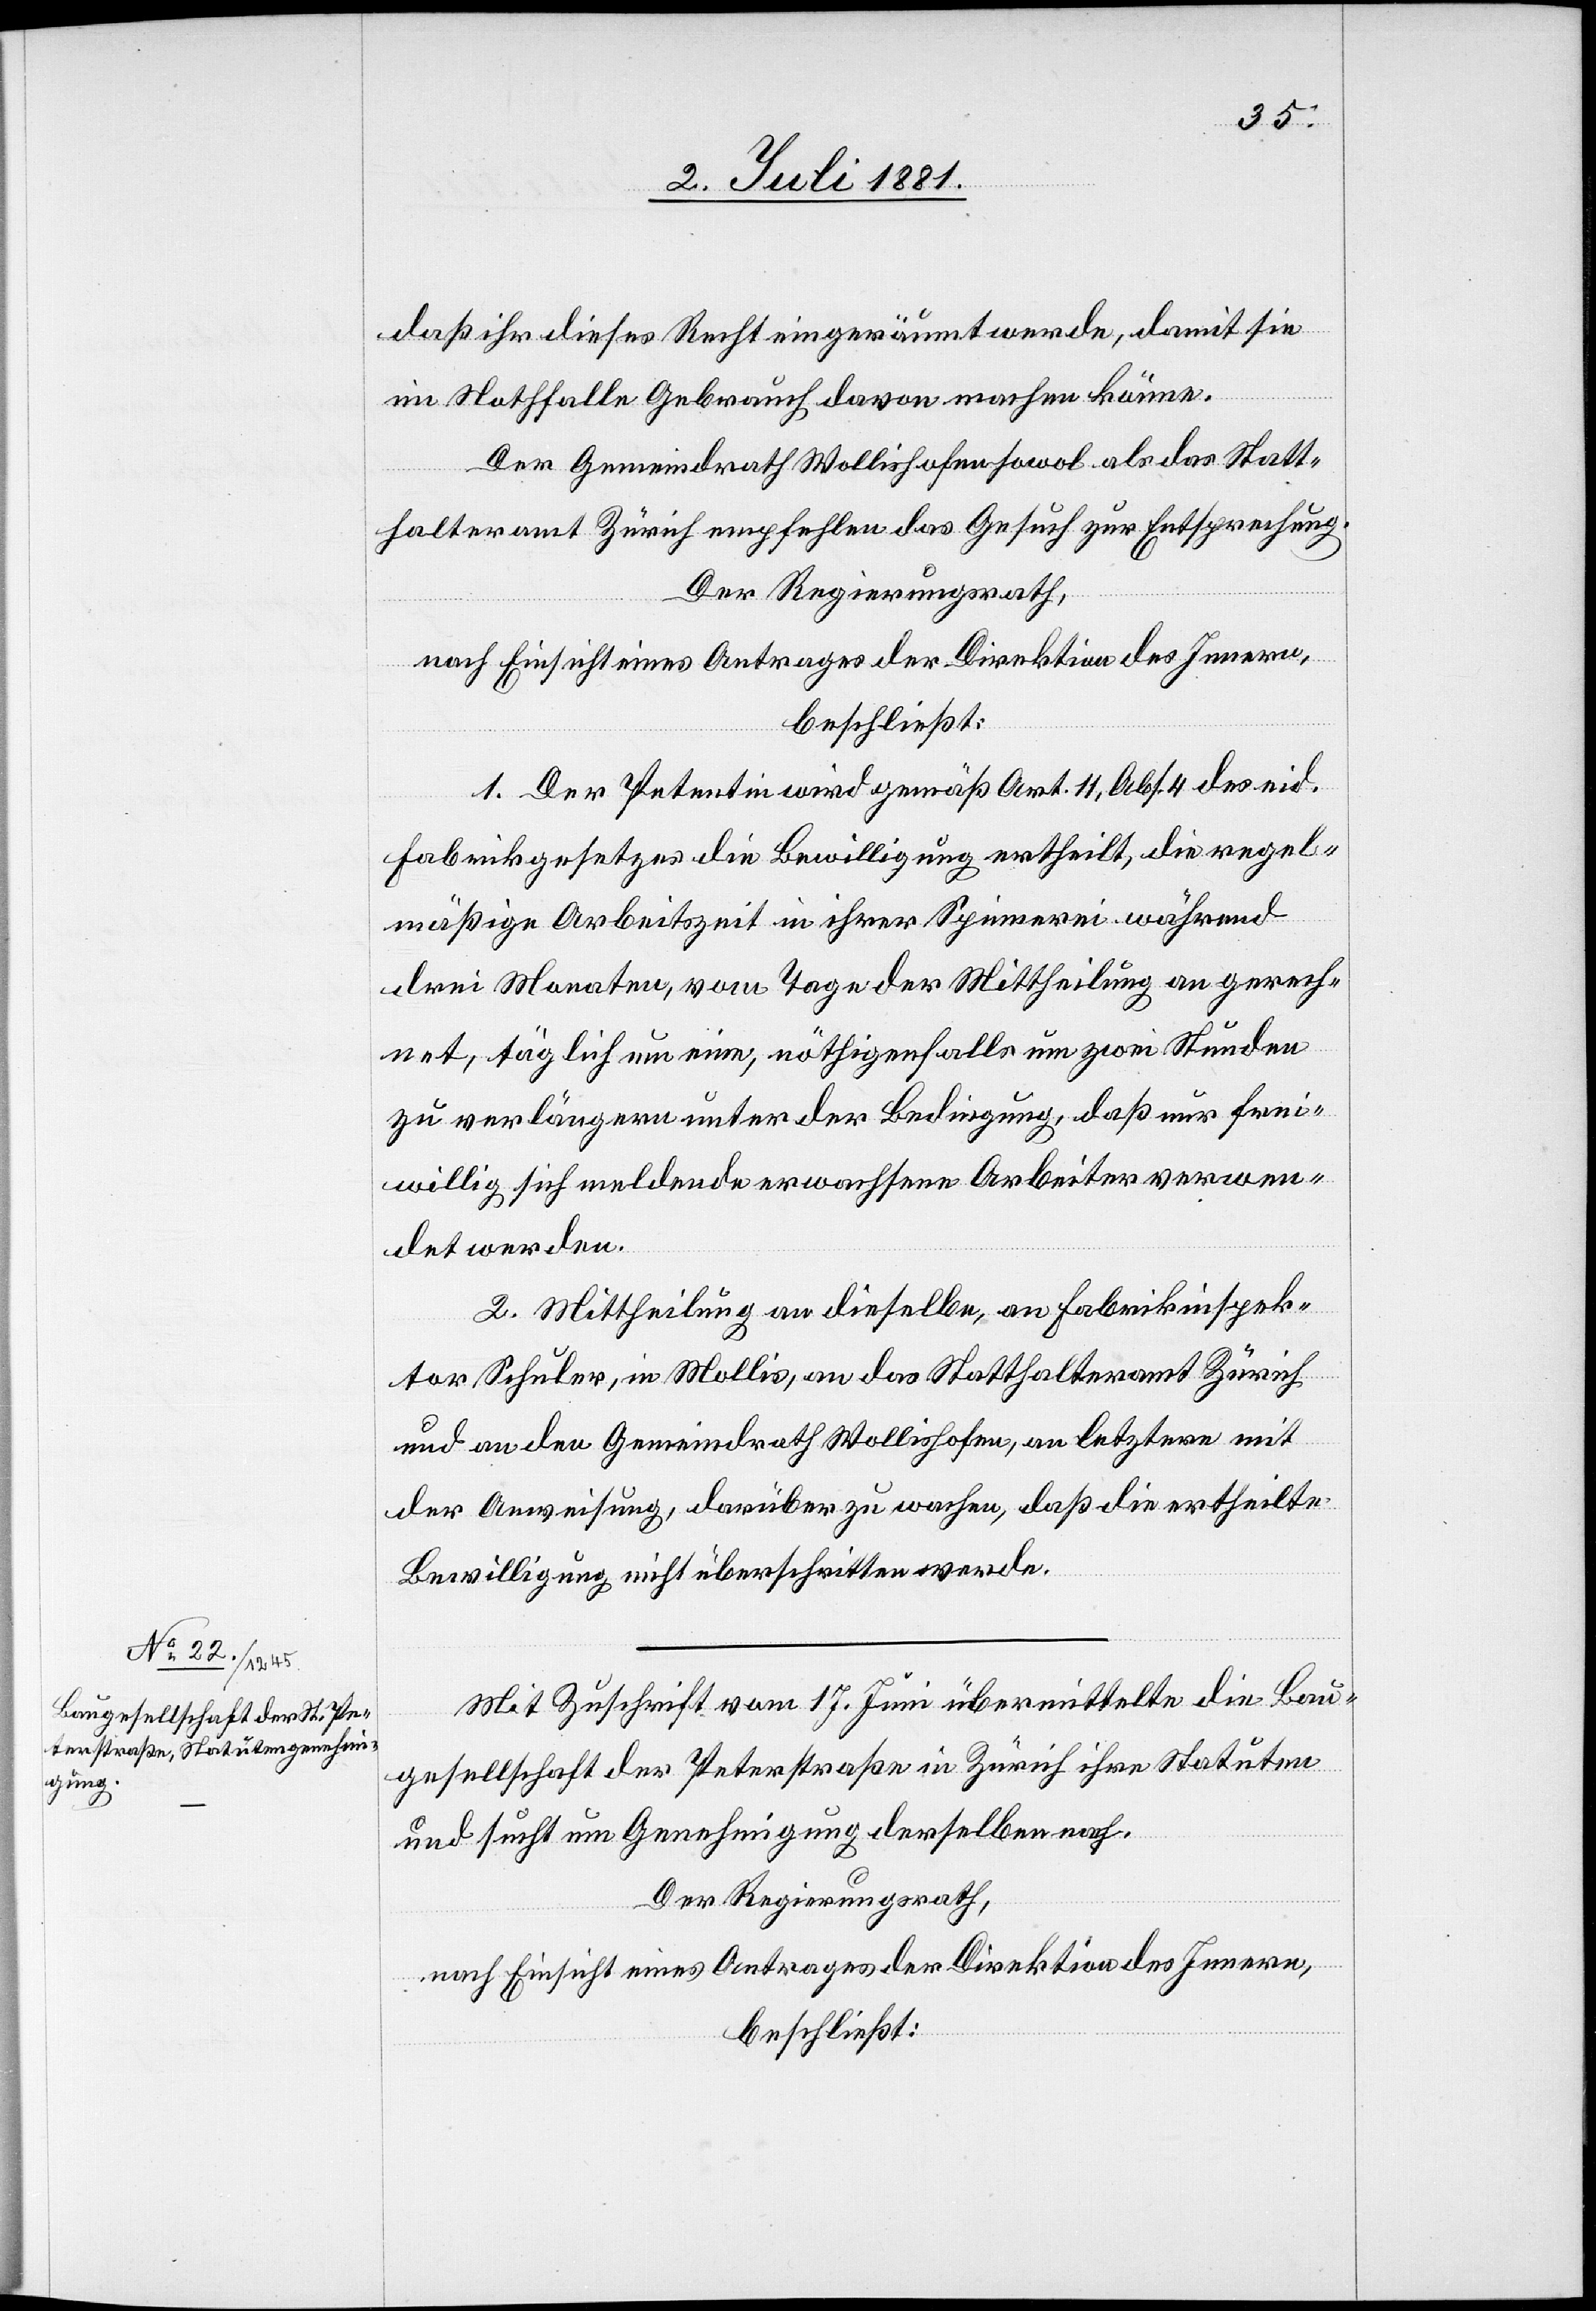
daß ihr dieses Recht eingeräumt werde, damit sie
im Nothfalle Gebrauch davon machen könne.
Der Gemeindrath Wollishofen sowol als das Statt¬
halteramt Zürich empfehlen das Gesuch zur Entsprechung.
Der Regierungsrath,
nach Einsicht eines Antrages der Direktion des Innern,
beschließt:
1. Der Petentin wird gemäß Art. 11, Abs. 4 des eid.
Fabrikgesetzes die Bewilligung ertheilt, die regel¬
mäßige Arbeitszeit in ihrer Spinnerei während
drei Monaten, vom Tage der Mittheilung an gerech¬
net, täglich um eine, nöthigenfalls um zwei Stunden
zu verlängern unter der Bedingung, daß nur frei¬
willig sich meldende erwachsene Arbeiter verwen¬
det werden.
2. Mittheilung an dieselbe, an Fabrikinspek¬
tor Schuler, in Mollis, an das Statthalteramt Zürich
und an den Gemeindrath Wollishofen, an letztere mit
der Anweisung, darüber zu wachen, daß die ertheilte
Bewilligung nicht überschritten werde.
Mit Zuschrift vom 17. Juni übermittelte die Bau¬
gesellschaft der Peterstraße in Zürich ihre Statuten
und sucht um Genehmigung derselben nach.
Der Regierungsrath,
nach Einsicht eines Antrages der Direktion des Innern,
beschließt: